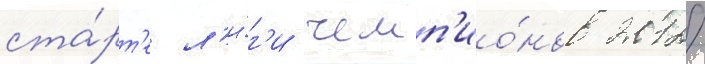
ста́рт'е л'и́г'и чемп'ио́нов 2012/